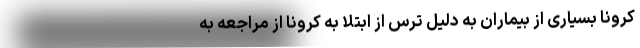
کرونا بسیاری از بیماران به دلیل ترس از ابتلا به کرونا از مراجعه به